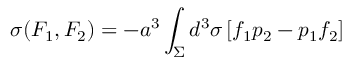
\sigma ( F _ { 1 } , F _ { 2 } ) = - a ^ { 3 } \int _ { \Sigma } d ^ { 3 } \sigma \, [ f _ { 1 } p _ { 2 } - p _ { 1 } f _ { 2 } ]